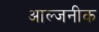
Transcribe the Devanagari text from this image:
आल्जनीक